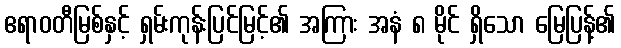
ဧရာဝတီမြစ်နှင့် ရှမ်းကုန်းပြင်မြင့်၏ အကြား အနံ ၈ မိုင် ရှိသော မြေပြန့်၏